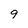
Character: 9